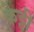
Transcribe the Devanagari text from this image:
केट्टी